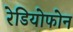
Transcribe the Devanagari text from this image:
रेडियोफोन